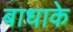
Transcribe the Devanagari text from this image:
बाधाके